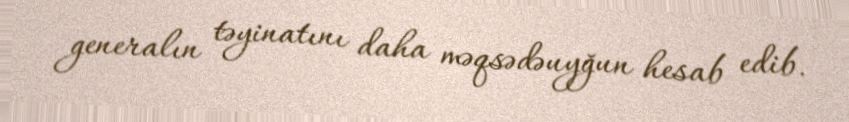
generalın təyinatını daha məqsədəuyğun hesab edib.